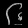
Digit: ၆